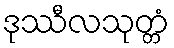
ဒုဿီလသုတ္တံ